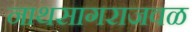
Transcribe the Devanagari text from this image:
नाथसागराजवळ